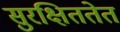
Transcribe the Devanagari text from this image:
सुरक्षिततेत